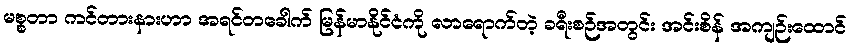
မစ္စတာ ကင်တားနားဟာ အရင်တခေါက် မြန်မာနိုင်ငံကို လာရောက်တဲ့ ခရီးစဉ်အတွင်း အင်းစိန် အကျဉ်းထောင်